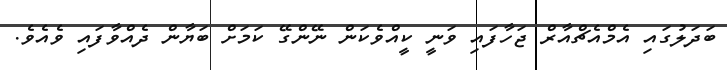
ބަދަލުގައި އެމްއެޗްއާރް ޖަހާފައި ވަނީ ކީއްވެކަން ނޭންގޭ ކަމަށް ބަޔާން ދެއްވާފައި ވެއެވެ.